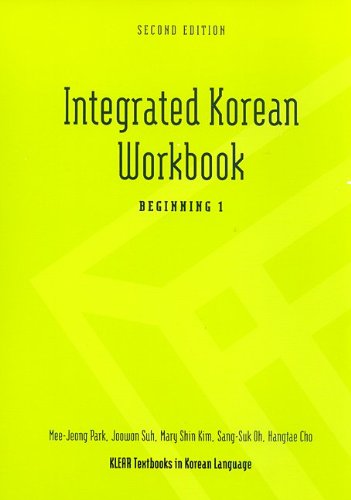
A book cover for Integrated Korean Workbook: Beginning 1, 2nd Edition (Klear Textbooks in Korean Language); Mee-Jeong Park; Reference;